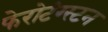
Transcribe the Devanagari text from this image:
फेरोटंग्स्टन